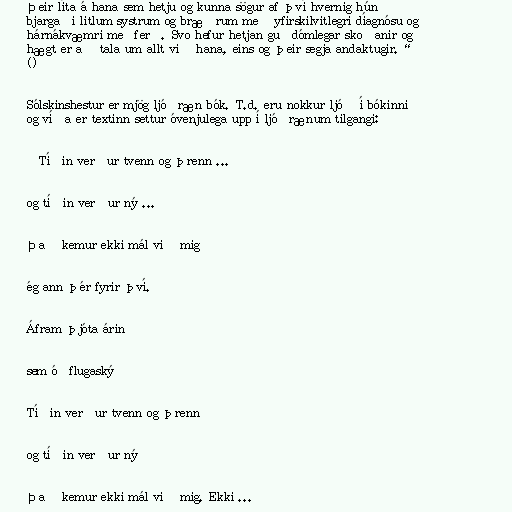
Þeir líta á hana sem hetju og kunna sögur af því hvernig hún
bjargaði litlum systrum og bræðrum með yfirskilvitlegri díagnósu og
hárnákvæmri meðferð. Svo hefur hetjan guðdómlegar skoðanir og
hægt er að tala um allt við hana, eins og þeir segja andaktugir.“
()

Sólskinshestur er mjög ljóðræn bók. T.d. eru nokkur ljóð í bókinni
og víða er textinn settur óvenjulega upp í ljóðrænum tilgangi:

„Tíðin verður tvenn og þrenn ...

og tíðin verður ný ...

Það kemur ekki mál við mig

ég ann þér fyrir því.

Áfram þjóta árin

sem óðflugaský

Tíðin verður tvenn og þrenn

og tíðin verður ný

Það kemur ekki mál við mig. Ekki ...